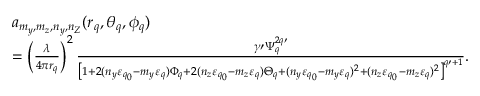
\begin{array} { r l } & { a _ { m _ { y } , m _ { z } , n _ { y } , n _ { Z } } ( r _ { q } , \theta _ { q } , \phi _ { q } ) } \\ & { = \left( \frac { \lambda } { 4 \pi r _ { q } } \right) ^ { 2 } \frac { \gamma \prime \Psi _ { q } ^ { 2 q \prime } } { \left[ 1 + 2 ( n _ { y } \varepsilon _ { q _ { 0 } } - m _ { y } \varepsilon _ { q } ) \Phi _ { q } + 2 ( n _ { z } \varepsilon _ { q _ { 0 } } - m _ { z } \varepsilon _ { q } ) \Theta _ { q } + ( n _ { y } \varepsilon _ { q _ { 0 } } - m _ { y } \varepsilon _ { q } ) ^ { 2 } + ( n _ { z } \varepsilon _ { q _ { 0 } } - m _ { z } \varepsilon _ { q } ) ^ { 2 } \right] ^ { q \prime + 1 } } . } \end{array}